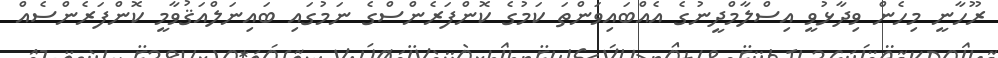
ރޫހާނީ މިހެން ވިދާޅުވީ އިސްލާމްދީނުގެ އެއްބައިވަންތަ ކަމުގެ ކޮންފަރެންސްގެ ނަމުގައި ބައިނަލްއަޤުވާމީ ކޮންފަރެންސެއް